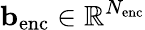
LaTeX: \mathbf{b}_{\mathrm{enc}}\in\mathbb{R}^{N_{\mathrm{enc}}}